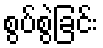
စွပ်စွဲခြင်း